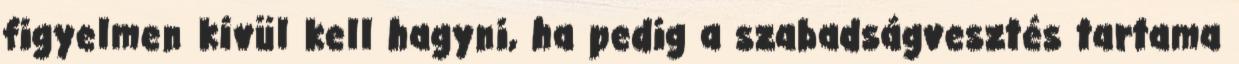
figyelmen kívül kell hagyni, ha pedig a szabadságvesztés tartama